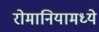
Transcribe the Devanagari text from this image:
रोमानियामध्ये